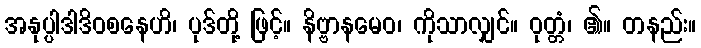
အနုပ္ပါဒါဒိဝစနေဟိ၊ ပုဒ်တို့ ဖြင့်။ နိဗ္ဗာနမေဝ၊ ကိုသာလျှင်။ ဝုတ္တံ၊ ၏။ တနည်း။